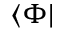
\langle \Phi |